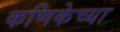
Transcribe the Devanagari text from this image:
कणिकेच्या